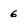
Character: 6